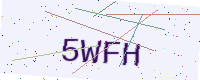
Text: 5WFH